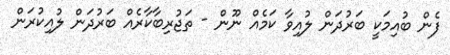
ފެން ބުއިމަކީ ބަރުދަން ލުއިވާ ކަމެއް ނޫން - ތަޖުރިބާކާރެއް ބަރުދަން ލުއިކުރަން